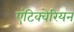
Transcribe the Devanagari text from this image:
एंटिक्वेरियन